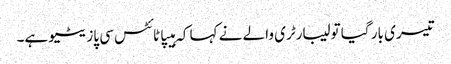
تیسری بار گیا تو لیبارٹری والے نے کہا کہ ہیپاٹائٹس سی پازیٹیو ہے۔